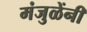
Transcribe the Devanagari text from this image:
मंजुळेंनी